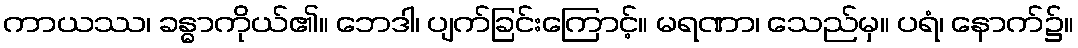
ကာယဿ၊ ခန္ဓာကိုယ်၏။ ဘေဒါ၊ ပျက်ခြင်းကြောင့်။ မရဏာ၊ သေည်မှ။ ပရံ၊ နောက်၌။